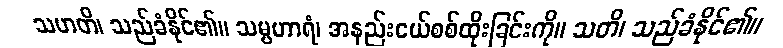
သဟတိ၊ သည်ခံနိုင်၏။ သမ္ပဟာရံ၊ အနည်းငယ်စစ်ထိုးခြင်းကို။ သတိ၊ သည်ခံနိုင်၏။